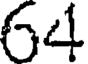
64